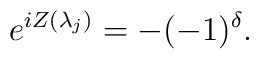
e^{iZ(\lambda _{j})}=-(-1)^{\delta }.